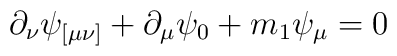
\partial _\nu \psi _{[\mu \nu ]}+\partial _\mu \psi _0+m_1\psi _\mu =0